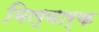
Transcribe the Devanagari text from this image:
मिल्वार्क